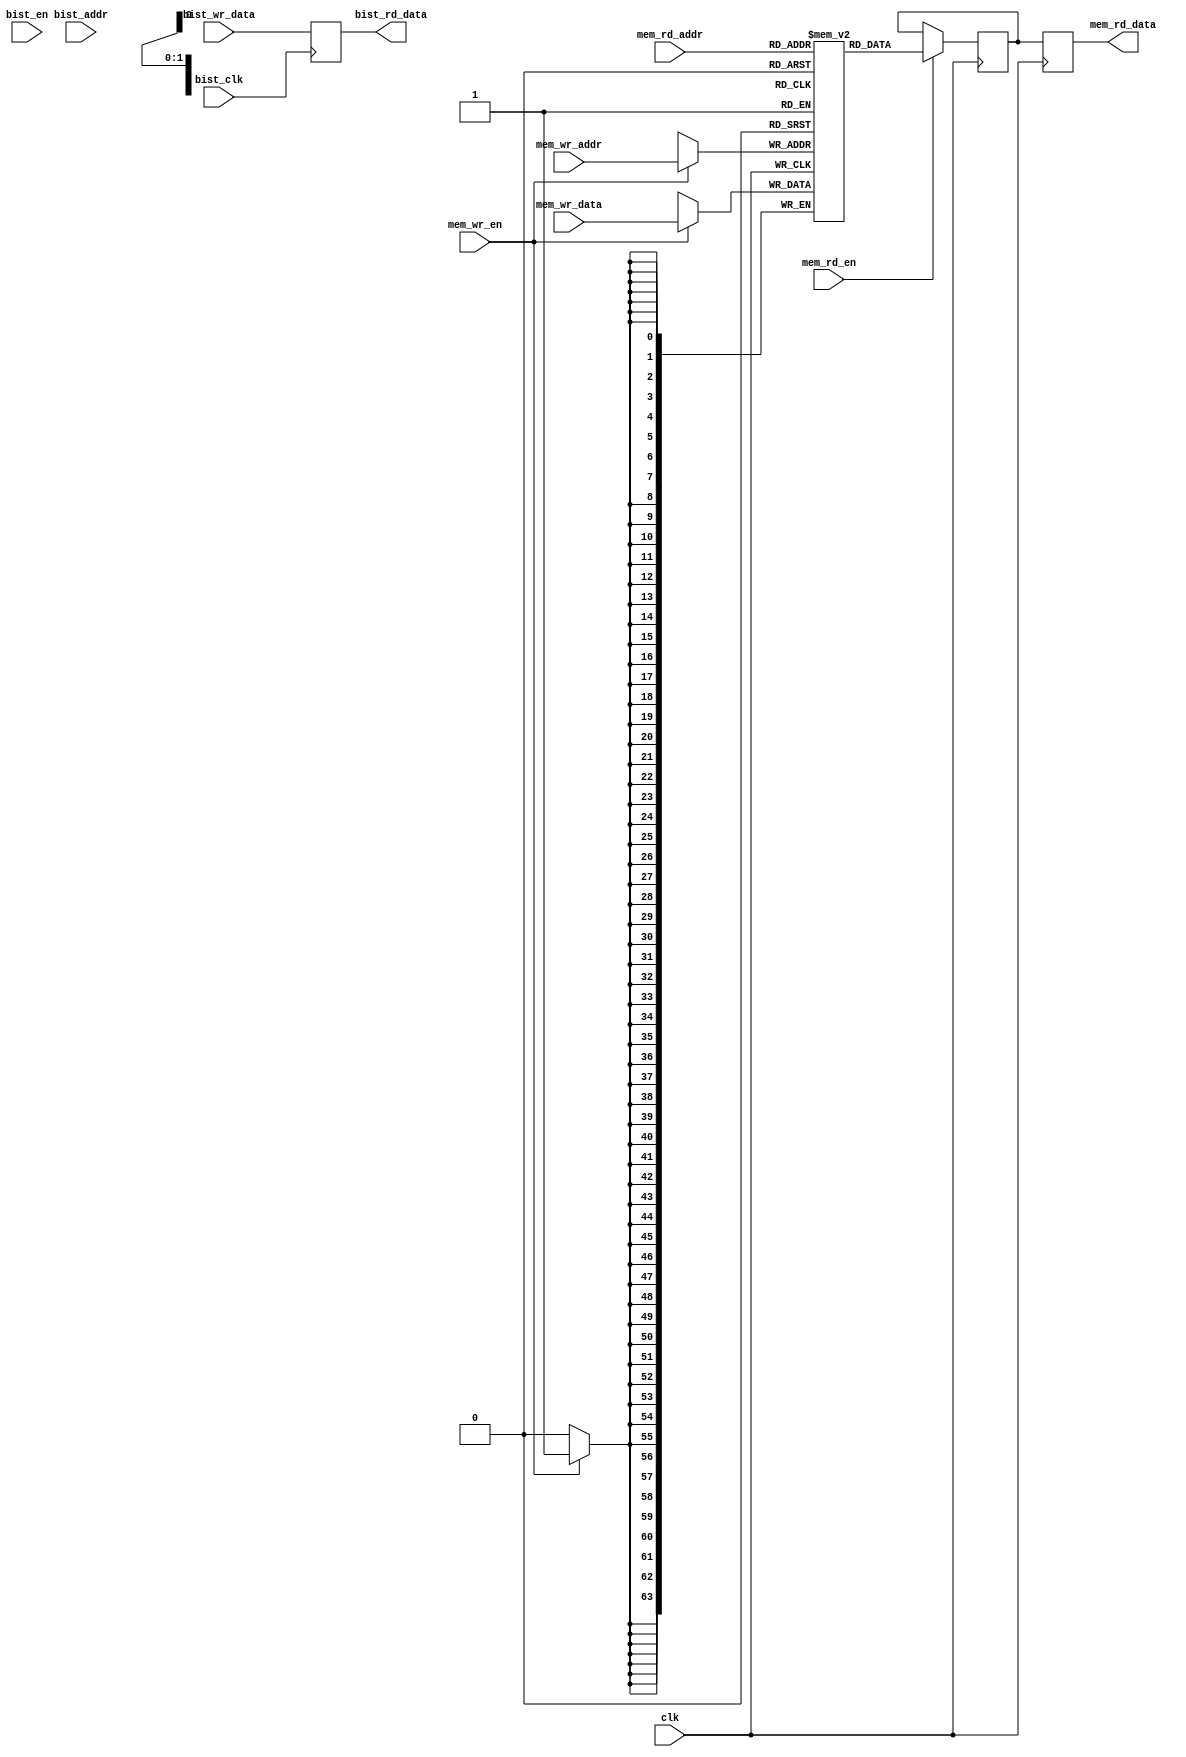
module mem_16nm_ram4x64
(
  input  wire        clk,
  input  wire        mem_wr_en,
  input  wire [1:0]  mem_wr_addr,
  input  wire [63:0] mem_wr_data,
  input  wire        mem_rd_en,
  input  wire [1:0]  mem_rd_addr,
  output wire [63:0] mem_rd_data,

  input  wire        bist_clk,
  input  wire        bist_en,
  input  wire [1:0]  bist_addr,
  input  wire [63:0] bist_wr_data,
  output wire [63:0] bist_rd_data
);

// The memory declaration
reg [63:0] memory [3:0];
reg [63:0] mem_rd_data_i;

always @ (posedge clk) begin
  if( mem_wr_en ) begin
    memory[mem_wr_addr] <= #0 mem_wr_data;
  end

  if( mem_rd_en ) begin
    mem_rd_data_i <= #0 memory[mem_rd_addr];
  end
end

always @ (posedge clk) begin
  mem_rd_data <= #0 mem_rd_data_i;
end

// Bist fake logic
always @ (posedge bist_clk ) begin
  bist_rd_data <= #0 bist_wr_data;
end

endmodule